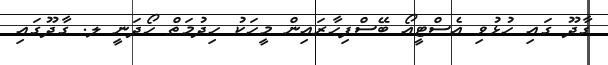
ގާދޫ ގައި ހުޅުވި އެސްޓީއޯ ބޭސްފިހާރައިން މީހަކު ހިދުމަތް ހޯދަނީ ލ. ގާދޫގައި